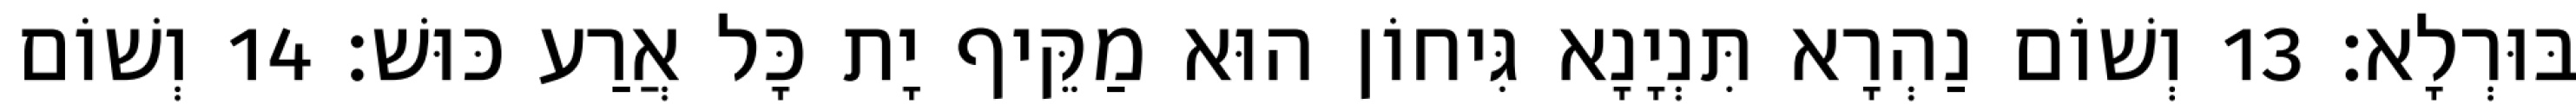
בּוּרְלָא׃ 13 וְשׁוֹם נַהְרָא תִּנְיָנָא גִּיחוֹן הוּא מַקֵּיף יָת כָּל אֲרַע כּוּשׁ׃ 14 וְשׁוֹם